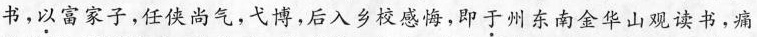
书，以富家子，任侠尚气，弋博，后入乡校感悔，即于州东南金华山观读书，痛